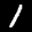
Label: 1